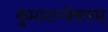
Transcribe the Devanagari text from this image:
कुमारान्वेषणम्